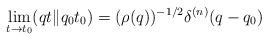
LaTeX: \begin{align*}\lim_{ t \rightarrow t_0 } (qt\Vert q_0 t_0 ) = (\rho(q))^{-1/2} \delta^{(n)}(q-q_0 ) \end{align*}